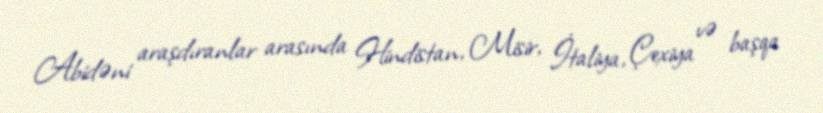
Abidəni araşdıranlar arasında Hindistan, Misir, İtaliya, Çexiya və başqa